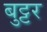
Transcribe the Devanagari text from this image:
बुट्टर